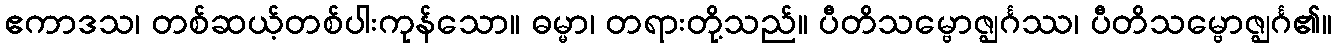
ဧကာဒသ၊ တစ်ဆယ့်တစ်ပါးကုန်သော။ ဓမ္မာ၊ တရားတို့သည်။ ပီတိသမ္ဗောဇ္ဈင်္ဂဿ၊ ပီတိသမ္ဗောဇ္ဈင်္ဂ၏။